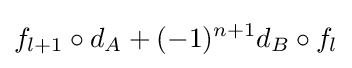
f_{l+1}\circ d_{A}+(-1)^{n+1}d_{B}\circ f_{l}